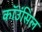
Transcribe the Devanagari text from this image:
कॉउंसिल